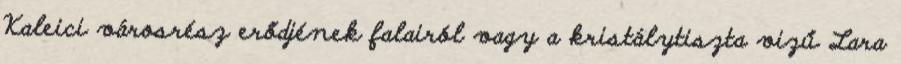
Kaleici városrész erődjének falairól vagy a kristálytiszta vizű Lara